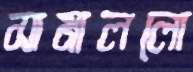
সামাললো